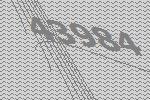
43984